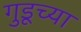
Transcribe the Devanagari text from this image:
गुडूच्या